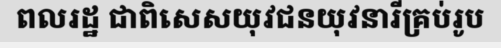
ពលរដ្ឋ ជាពិសេសយុវជនយុវនារីគ្រប់រូប